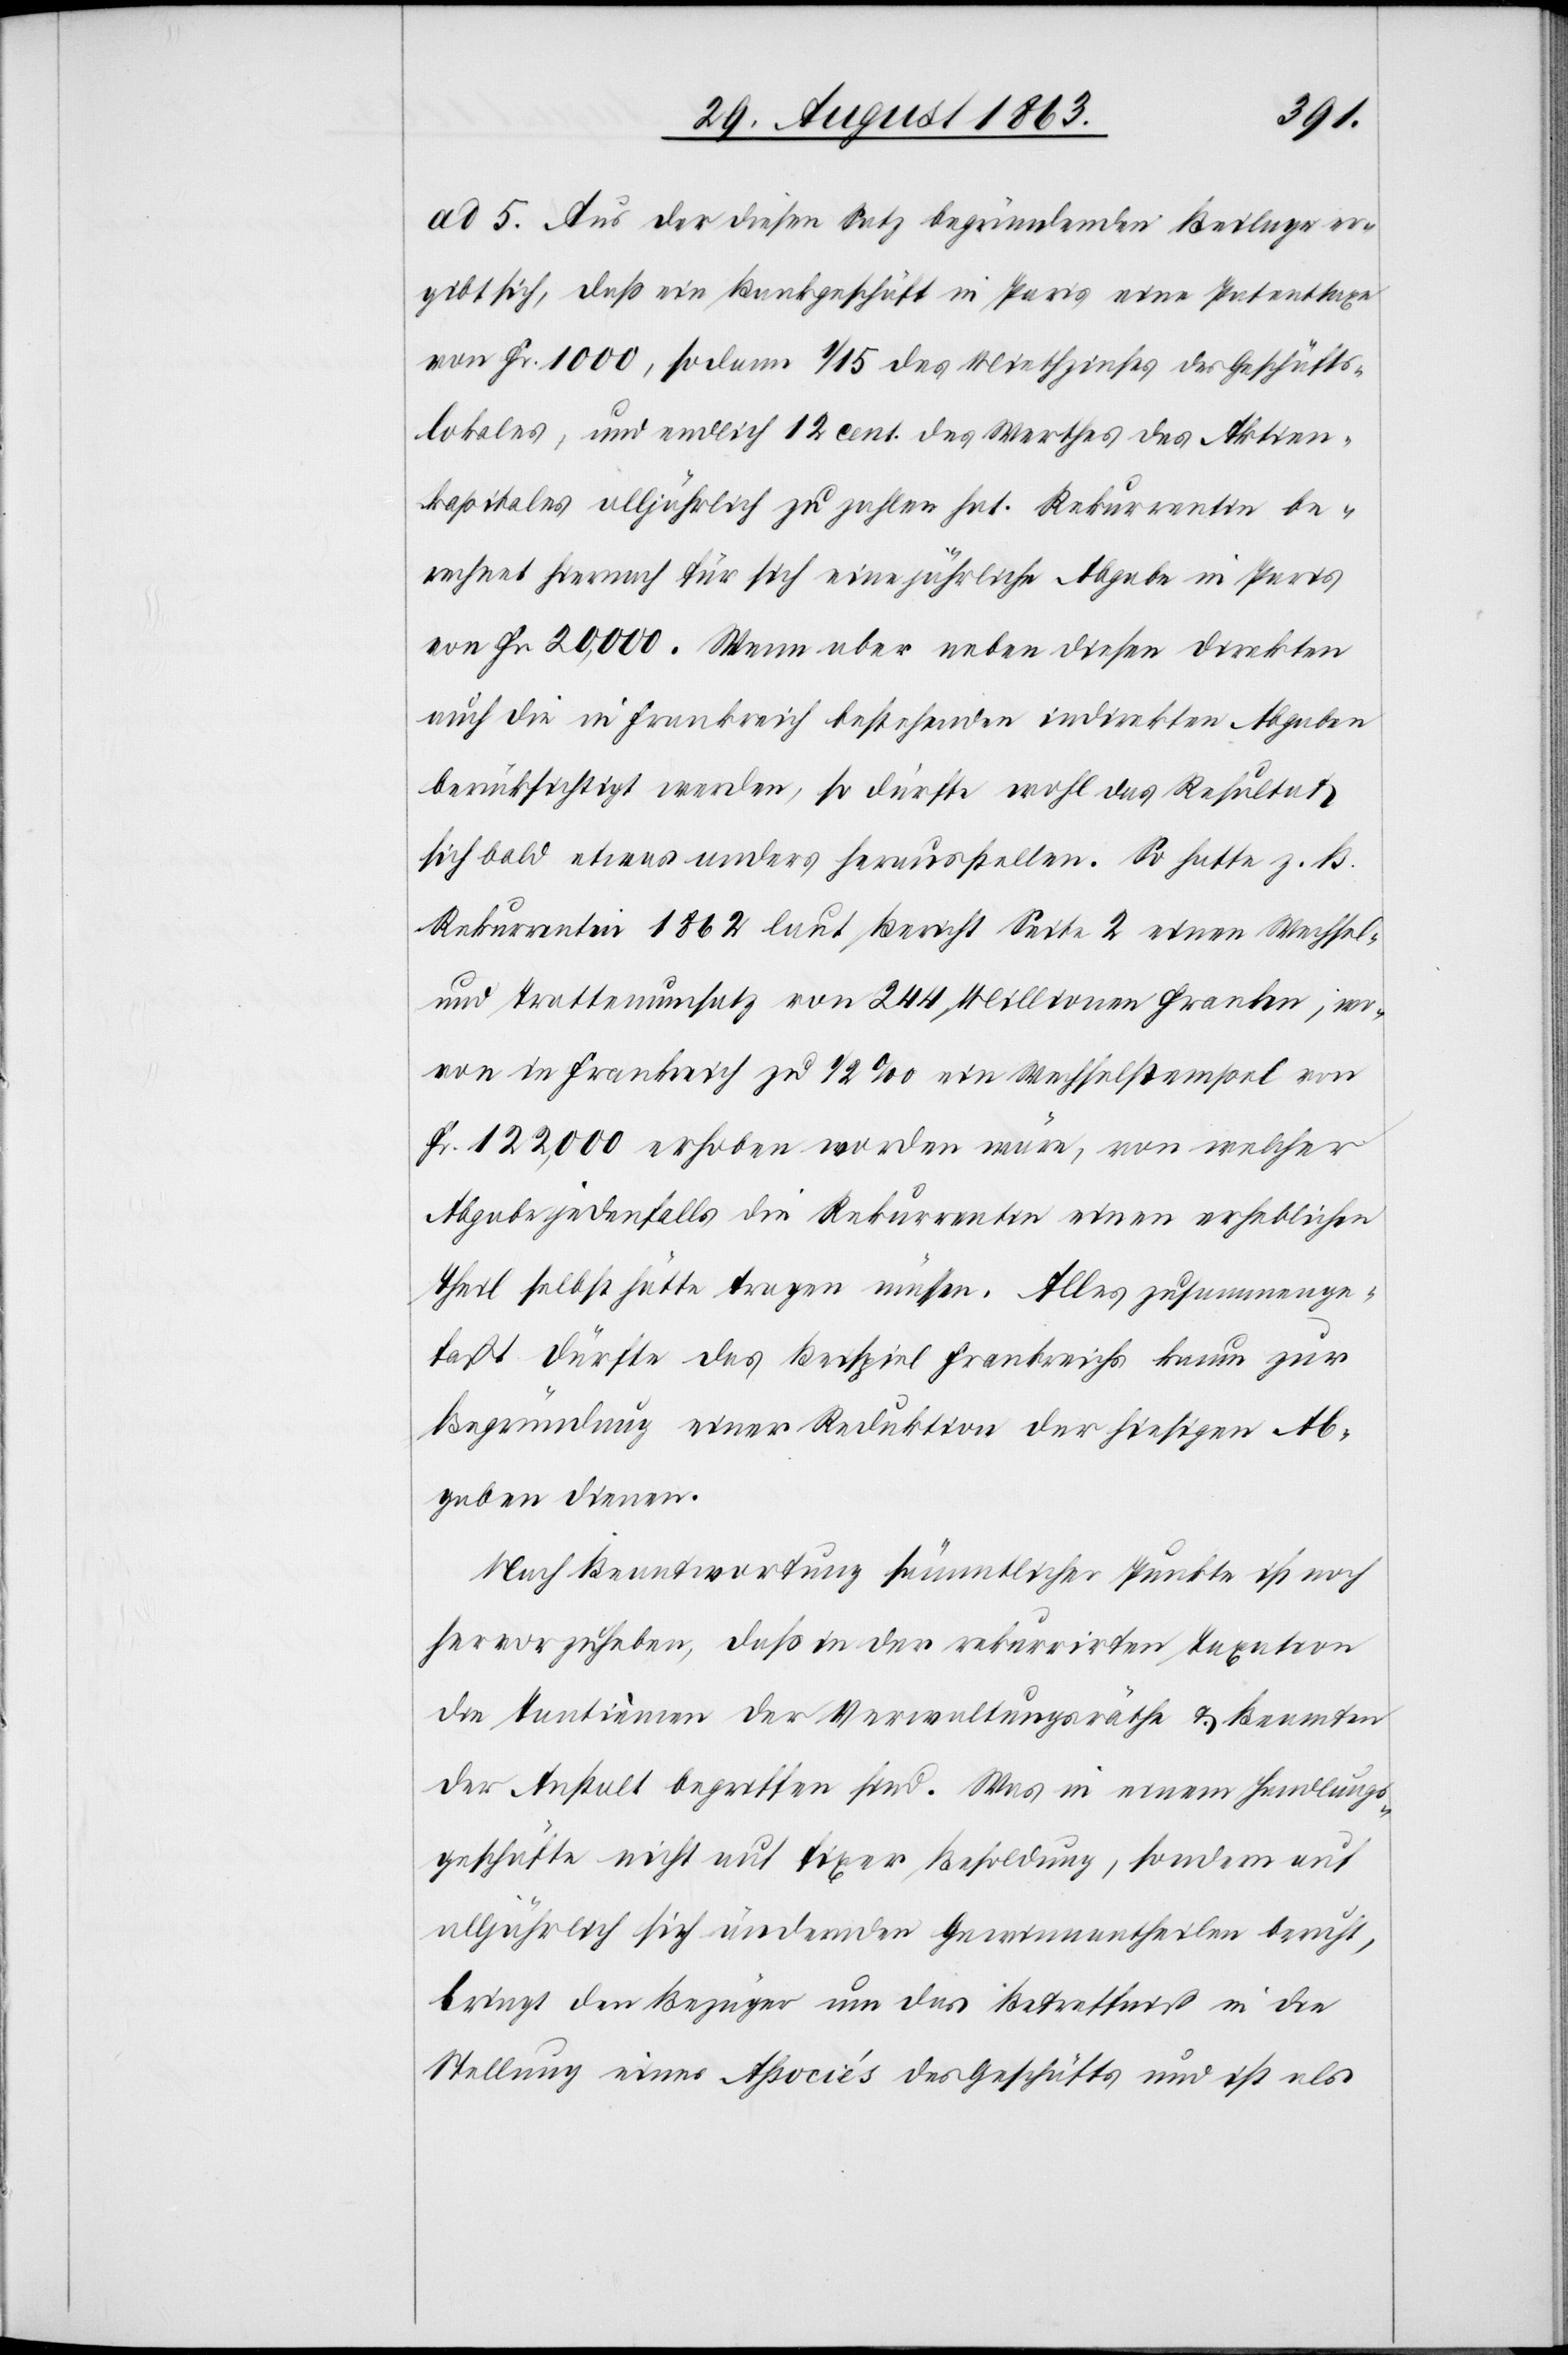
ad 5. Aus der diesen Satz begründenden Beilage er¬
gibt sich, daß ein Bankgeschäft in Paris eine Patenttaxe
von Fr. 1000, sodann 1/15 des Miethzinses des Geschäfts¬
lokales, und endlich 12 cent. des Werthes des Aktien¬
kapitales alljährlich zu zahlen hat. Rekurrentin be¬
rechnet hiernach für sich eine jährliche Abgabe in Paris
von Fr. 20,000. Wenn aber neben diesen direkten
auch die in Frankreich bestehenden indirekten Abgaben
berücksichtigt werden, so dürfte wohl das Resultat
sich bald etwas anders herausstellen. So hatte z. B.
Rekurrentin 1862 laut Bericht Seite 2 einen Wechsel-
und Trottenumsatz von 244 Millionen Franken, wo¬
von in Frankreich zu 1/2‰ ein Wechselstempel von
Fr. 122,000 erhoben worden wäre, von welcher
Abgabe jedenfalls die Rekurrentin einen erheblichen
Theil selbst hätte tragen müssen. Alles zusammenge¬
faßt dürfte das Beispiel Frankreichs kaum zur
Begründung einer Reduktion der hiesigen Ab¬
gaben dienen.
Nach Beantwortung sämmtlicher Punkte ist noch
hervorzuheben, daß in der rekurrirten Taxation
die Tantièmen der Verwaltungsräthe & Beamten
der Anstalt begriffen sind. Was in einem Handlungs¬
geschäfte nicht auf fixer Besoldung, sondern auf
alljährlich sich ändernden Gewinnantheilen beruht,
bringt den Bezüger um das Betreffniß in die
Stellung eines Aßociés des Geschäfts und ist als